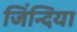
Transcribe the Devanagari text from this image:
जिंन्दिया